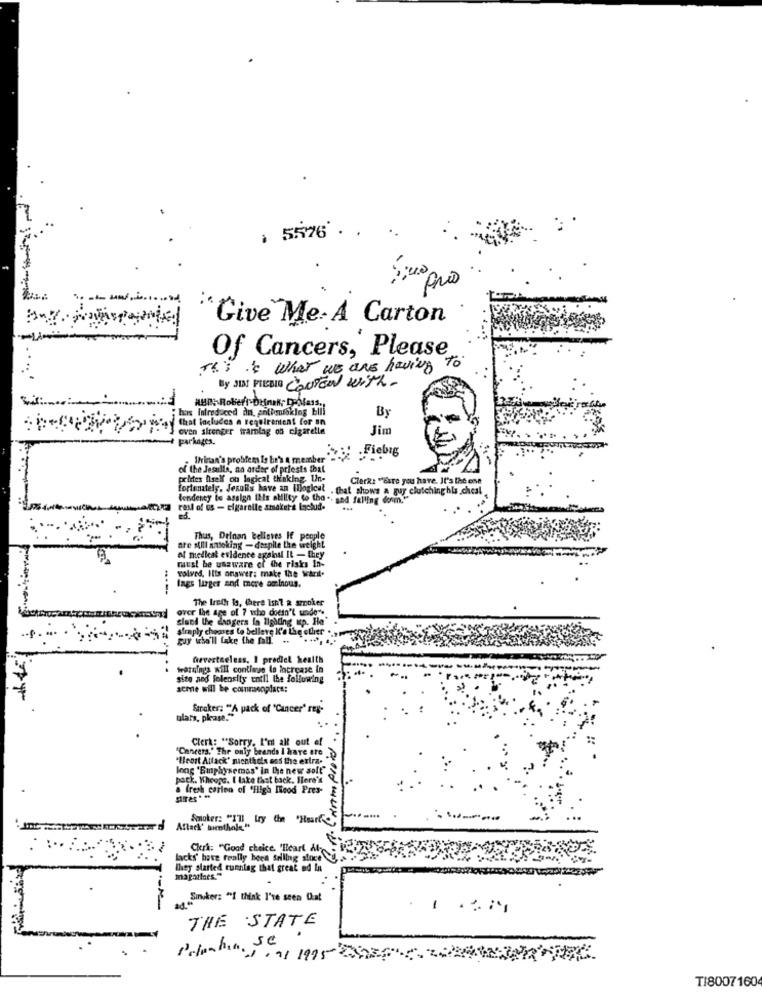
, 5576 ..
'Give Me- A Carton
Of Cancers, Please
to
....
This is what we are having
By JIM PLEBIS CONTEN with.
uis Introduced in, anitimisklog buli
By
that locluces a requirentent for on
oven strenger tramlag on cigaretle
Jim
Farkages.
Fiebig
. Wrinan's problem Is he's a member".
of the Jesulls, aa arder' of priests that
polites Itself on logical thinking. Un-
Clerk: ""Euro you have. It's the one
fortunately, Jesuis have an illogical
. that shows a guy clutchinghis chest
tendency to assign Itis ability (o tho ". and falling down."
rest of us - elgarolle smaket & Include
Thus, Drinan believes If people
are still smoking - despite the weight
must be ussware of the risks In-
dicat evidence againal It - they
volved, Ilts answer: make the waril.
lags larger and more ominous.
The lieth Is, there Isn't a smoker
over the age of ? who doesn't unde".
sland the dangers in lighting up. Ho
simply chooses to bellere K'a the eller .....
guy who'll take the fall.
I prodel health
warninga will continue to Increase in
site and Solensity until the following
scene will be commonplace:
Stroker: "A pack of "Cancer" reg-
ulats, please."
Clerk: "Sorry, I'm all out ef
"Cancers.' The only brands I have ere
'Heart Attack' nichthola eas the extra-
long 'Emphysemas" In the new soft"
pack. Khooge. I take that back. Here's
a fresh carion of "High Hood Pres-
Smoker: "I'll try (hm "Haar
Aftack' Dienthole "
Clerk: "Good choice. 'Heart &
lacks' have really heen seiling since
They started running that great nd In
Sinoker: "I think I've seen Cat
THE STATE
TI8007160